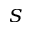
_ S